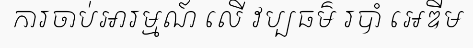
ការចាប់អារម្មណ៍ លើ វប្បធម៌ របាំ អេឌីម